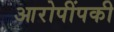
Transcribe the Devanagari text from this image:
आरोपींपकी